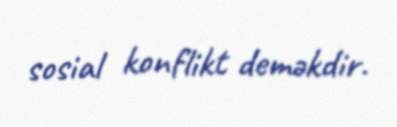
sosial konflikt deməkdir.